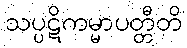
သပ္ပဋိကမ္မာပတ္တီတိ